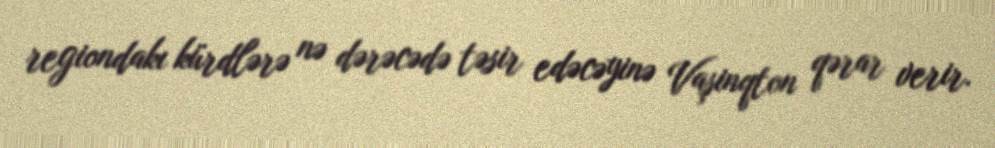
regiondakı kürdlərə nə dərəcədə təsir edəcəyinə Vaşinqton qərar verir.